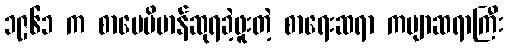
၁၉၆၁ က စာပေဗိမာန်ဆုရခဲ့ဖူးတဲ့ စာရေးဆရာ ကဗျာဆရာကြီး